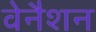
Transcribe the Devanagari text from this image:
वेनैशन